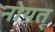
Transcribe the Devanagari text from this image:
नोयत्